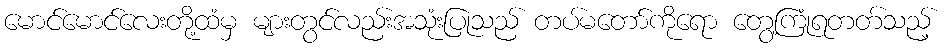
မောင်မောင်လေးတို့ထံမှ များတွင်လည်းအသုံးပြုသည် တပ်မတော်ကိုရော တွေ့ကြုံရတတ်သည့်